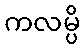
ကလမ္ပိ